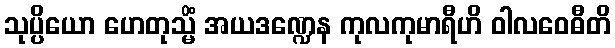
သုပ္ပိယော ဟေတုသ္မိံ အယဒဏ္ဍေန ကုလကုမာရီဟိ ဝါလဝေဓီတိ